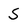
Character: S